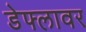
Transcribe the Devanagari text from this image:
डेफ्लावर